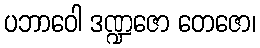
ပဘာဝေါ ဒဏ္ဍဇော တေဇော၊